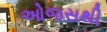
ઓજસથી